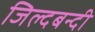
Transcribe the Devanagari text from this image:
जिल्दबन्दी